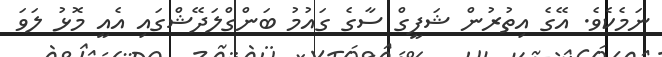
ނަމެކެވެ. އޭގެ އިތުރުން ޝަފީގް ސާގެ ގައުމު ބަންގްލަދޭޝްގައި އެއީ މޮޅު ލަވަ